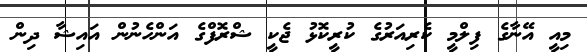
މިއީ އޭނާގެ ފިލްމީ ކެރިއަރުގެ ކުރީކޮޅު ޖެކީ ޝްރޮފްގެ އަންހެނުން އައިޝާ ދިން